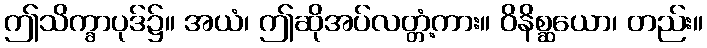
ဤသိက္ခာပုဒ်၌။ အယံ၊ ဤဆိုအပ်လတ္တံ့ကား။ ဝိနိစ္ဆယော၊ တည်း။